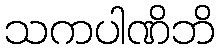
သကပါဏိဘိ